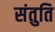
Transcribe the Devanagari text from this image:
संतुति